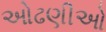
ઓઢણીઓ